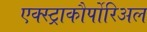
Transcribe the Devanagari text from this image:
एक्स्ट्राकौर्पोरिअल